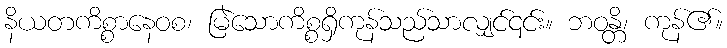
နိယတကိစ္စာနေဝစ၊ မြဲသောကိစ္စရှိကုန်သည်သာလျှင်၎င်း။ ဘဝန္တိ၊ ကုန်၏။